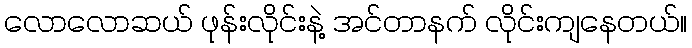
လောလောဆယ် ဖုန်းလိုင်းနဲ့ အင်တာနက် လိုင်းကျနေတယ်။